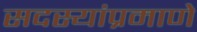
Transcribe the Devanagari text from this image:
सदस्यांप्रमाणे